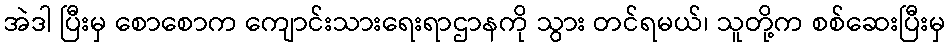
အဲဒါ ပြီးမှ စောစောက ကျောင်းသားရေးရာဌာနကို သွား တင်ရမယ်၊ သူတို့က စစ်ဆေးပြီးမှ